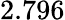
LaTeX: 2.796